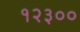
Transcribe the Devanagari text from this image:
१२३००